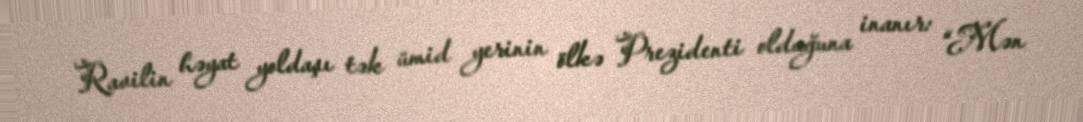
Ravilin həyat yoldaşı tək ümid yerinin ölkə Prezidenti olduğuna inanır: “Mən